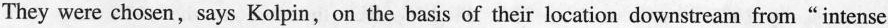
They were chosen, says Kolpin,on the basis of their location downstream from"intense